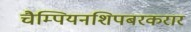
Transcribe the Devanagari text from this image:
चैम्पियनशिपबरकरार